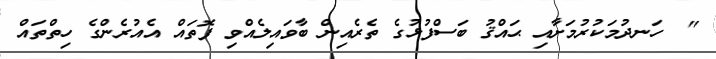
"  ހަނދުމަކުރުމަަށާއި ޙައްޤު ބަސްފުޅުގެ ތެރެއިން ބާވައިލެއްވި ފޮތައް އެއުރެންގެ ހިތްތައް